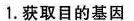
1.获取目的基因